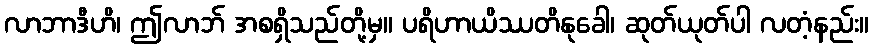
လာဘာဒီဟိ၊ ဤလာဘ် အစရှိသည်တို့မှ။ ပရိဟာယိဿတိနုခေါ၊ ဆုတ်ယုတ်ပါ လတံ့နည်း။